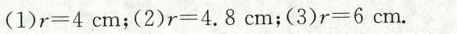
(1)$$r = 4 c m$$；(2)$$r = 4 . 8 c m$$ ；(3)$$r = 6 c m $$。